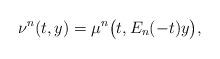
LaTeX: \begin{align*}\nu^n(t, y) = \mu^n \big(t, E_n(-t)y \big),\end{align*}